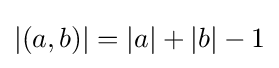
|(a,b)|=|a|+|b|-1